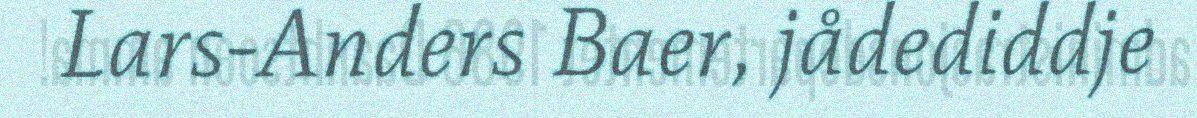
Lars-Anders Baer, jådediddje